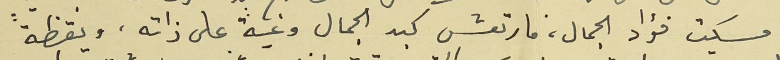
امسكت فؤاد الجمال، فارتعش كبد الجمال وعية على ذاته، ويقظةً